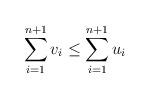
LaTeX: \begin{align*}\sum_{i=1}^{n+1} v_i \leq \sum_{i=1}^{n+1} u_i \end{align*}